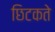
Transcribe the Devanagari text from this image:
छिटकते